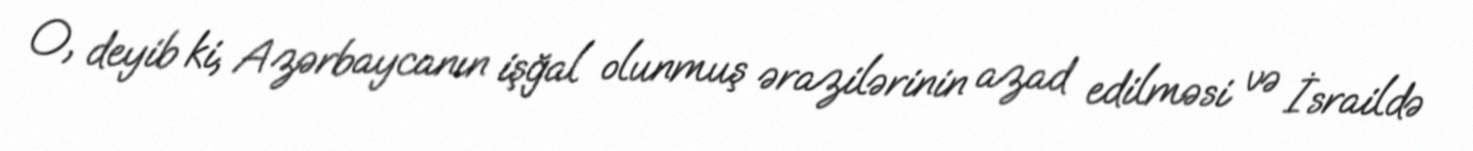
O, deyib ki, Azərbaycanın işğal olunmuş ərazilərinin azad edilməsi və İsraildə